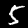
Digit: 5